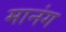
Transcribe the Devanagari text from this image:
मानंग